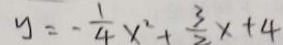
y = - \frac { 1 } { 4 } x ^ { 2 } + \frac { 3 } { 2 } x + 4